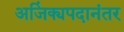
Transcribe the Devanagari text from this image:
अजिंक्यपदानंतर